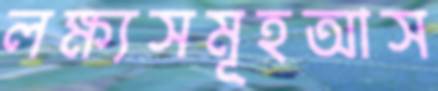
লক্ষ্যসমূহআস